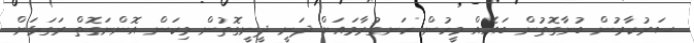
ސަރުކާރުން ބުނާގޮތުން ބައެއް މީހުން ހަނގުރާމައަށް ދަނީ ދީނީގޮތުން މިކަން އޮންނަގޮތް ރަގަޅަށް